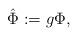
LaTeX: \begin{align*} \hat{\Phi}:=g\Phi, \end{align*}